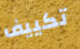
تكييف